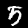
Label: 5